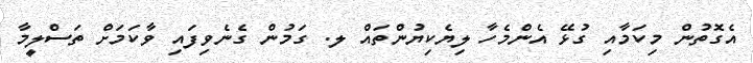
އެގޮތުން މިކަމާއި ގުޅޭ އެންމެހާ ލިޔެކިޔުންތައް ލ. ގަމުން ގެނެވިފައި ވާކަމަށް ތަސްލީމާ